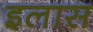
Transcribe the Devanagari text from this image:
इलास